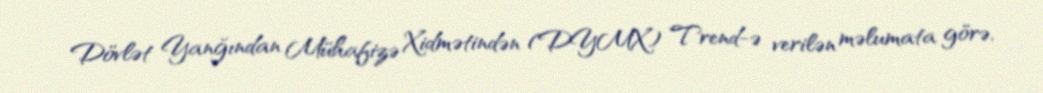
Dövlət Yanğından Mühafizə Xidmətindən (DYMX) Trend-ə verilən məlumata görə,